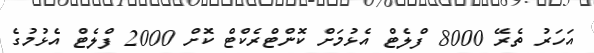
އަހަރު ތެރޭ 8000 ފްލެޓް އެޅުމަށް ކޮންޓްރެކްޓް ކޮށް 2000 ފްލެޓް އެޅުމުގެ